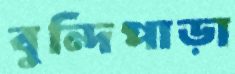
বুন্দিপাড়া